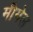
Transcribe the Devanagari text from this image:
मीगेल